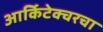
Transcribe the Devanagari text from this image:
आर्किटेक्चरचा